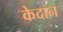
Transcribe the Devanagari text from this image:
केदान